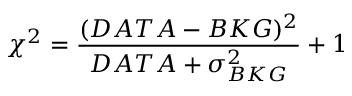
\chi ^ { 2 } = \frac { ( D A T A - B K G ) ^ { 2 } } { D A T A + \sigma _ { B K G } ^ { 2 } } + 1